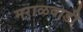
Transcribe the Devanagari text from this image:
मराळवाडी